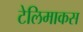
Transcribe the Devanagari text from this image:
टेलिमाकस